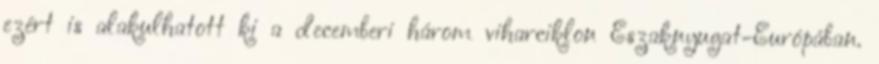
ezért is alakulhatott ki a decemberi három viharciklon Északnyugat-Európában.